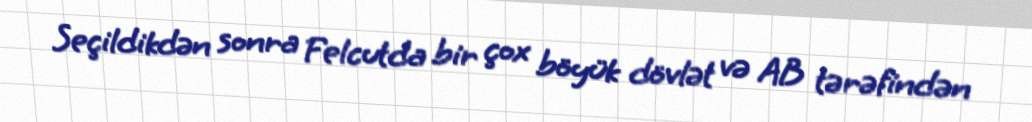
Seçildikdən sonra Felcutda bir çox böyük dövlət və AB tərəfindən